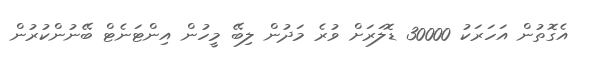
އެގޮތުން އަހަރަކު 30000 ޑޮލަރަށް ވުރެ މަދުން ލިބޭ މީހުން އިންޓަނެޓް ބޭނުންކުރުން